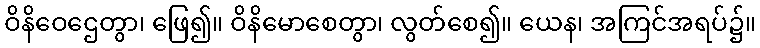
ဝိနိဝေဌေတွာ၊ ဖြေ၍။ ဝိနိမောစေတွာ၊ လွတ်စေ၍။ ယေန၊ အကြင်အရပ်၌။